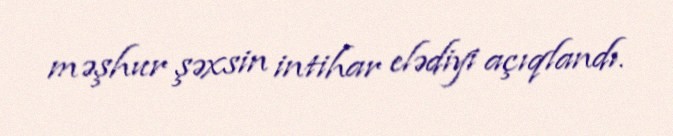
məşhur şəxsin intihar elədiyi açıqlandı.